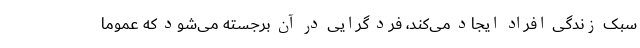
سبک زندگی افراد ایجاد می‌کند، فرد گرایی در آن برجسته می‌شود که عموما